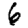
Digit: 6